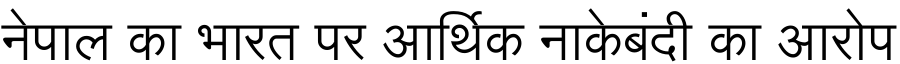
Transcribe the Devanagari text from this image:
नेपाल का भारत पर आर्थिक नाकेबंदी का आरोप